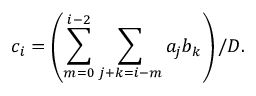
c _ { i } = \left( \sum _ { m = 0 } ^ { i - 2 } \sum _ { j + k = i - m } a _ { j } b _ { k } \right) / D .